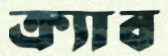
ক্র্যাব